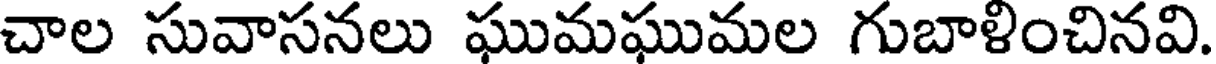
చాల సువాసనలు ఘుమఘుమల గుబాళించినవి.